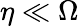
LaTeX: \eta\ll\Omega